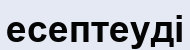
есептеуді